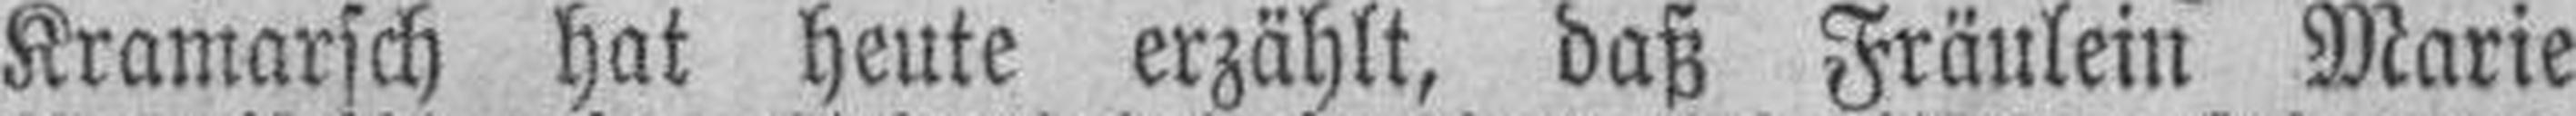
Kramarsch hat heute erzählt, daß Fräulein Marie